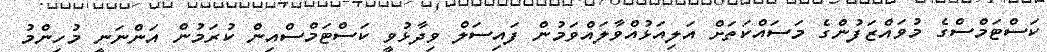
ކަސްޓަމްސްގެ މުވައްޒަފުންގެ މަސައްކަތަށް އަލިއަޅުއްވާލައްވަމުން ފައިސަލް ވިދާޅުވީ ކަސްޓަމްސްއިން ކުރަމުން އަންނަނީ މުހިންމު